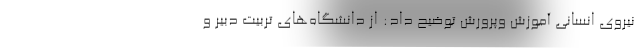
نیروی انسانی آموزش وپرورش توضیح داد: از دانشگاه‌های تربیت دبیر و